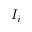
I _ { i }